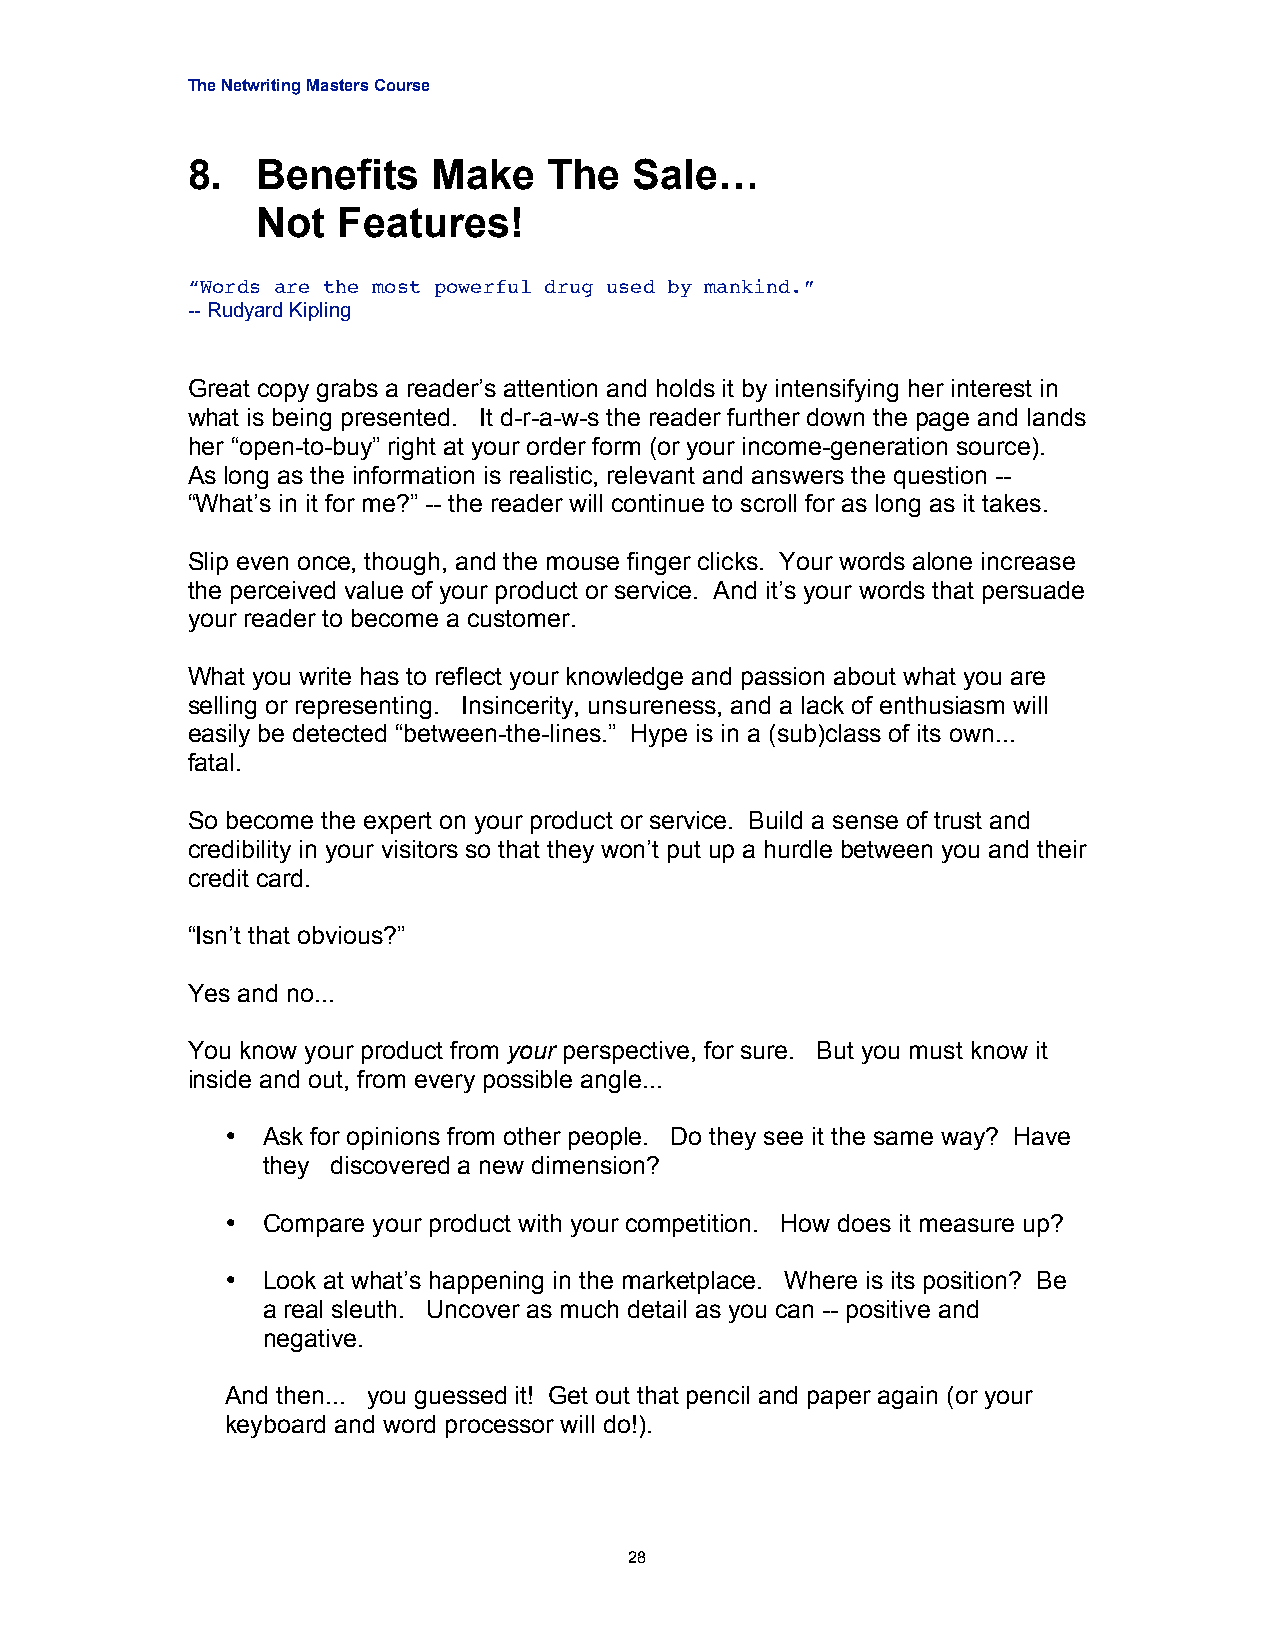
The Netwriting Masters Course
 8.   Benefits    Make   The   Sale…
 Not  Features!
 “Words are the most powerful drug used by mankind.”
 -- Rudyard Kipling
 Great copy grabs a reader’s attention and holds it by intensifying her interest in
 what is being presented. It d-r-a-w-s the reader further down the page and lands
 her “open-to-buy” right at your order form (or your income-generation source).
 As long as the information is realistic, relevant and answers the question --
 “What’s in it for me?” -- the reader will continue to scroll for as long as it takes.
 Slip even once, though, and the mouse finger clicks. Your words alone increase
 the perceived value of your product or service. And it’s your words that persuade
 your reader to become a customer.
 What you write has to reflect your knowledge and passion about what you are
 selling or representing. Insincerity, unsureness, and a lack of enthusiasm will
 easily be detected “between-the-lines.” Hype is in a (sub)class of its own...
 fatal.
 So become the expert on your product or service. Build a sense of trust and
 credibility in your visitors so that they won’t put up a hurdle between you and their
 credit card.
 “Isn’t that obvious?”
 Yes and no...
 You know your product from your perspective, for sure. But you must know it
 inside and out, from every possible angle...
 • Ask for opinions from other people. Do they see it the same way? Have
 they discovered a new dimension?
 • Compare your product with your competition. How does it measure up?
 • Look at what’s happening in the marketplace. Where is its position? Be
 a real sleuth. Uncover as much detail as you can -- positive and
 negative.
 And then... you guessed it! Get out that pencil and paper again (or your
 keyboard and word processor will do!).
 28